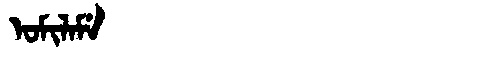
Manchu: ᠣᠮᡳᠯᠠᠮᡝ
Romanization: OMILAME